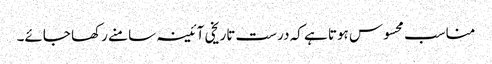
مناسب محسوس ہوتا ہے کہ درست تاریخی آئینہ سامنے رکھا جائے۔